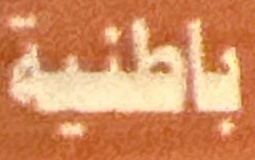
باطنیة